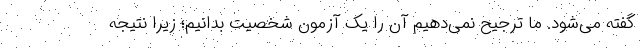
گفته می‌شود. ما ترجیح نمی‌دهیم آن را یک آزمون شخصیت بدانیم؛ زیرا نتیجه